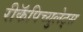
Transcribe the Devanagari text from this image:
रीकॅपिच्युलेट्स